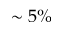
\sim 5 \%